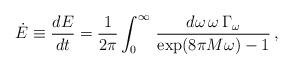
LaTeX: \begin{align*}\dot{E}\equiv {dE\over dt}={1\over 2\pi}\int_{0}^{\infty}\,{d\omega \, \omega\,\Gamma_{\omega}\over \exp(8\pi M\omega)-1}\, ,\end{align*}